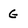
Character: G